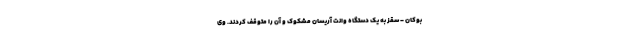
بوکان - سقز به یک دستگاه وانت آریسان مشکوک و آن را متوقف کردند. وی